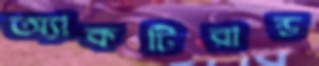
অ্যাকটিরান্ড